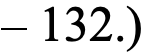
– 132.)